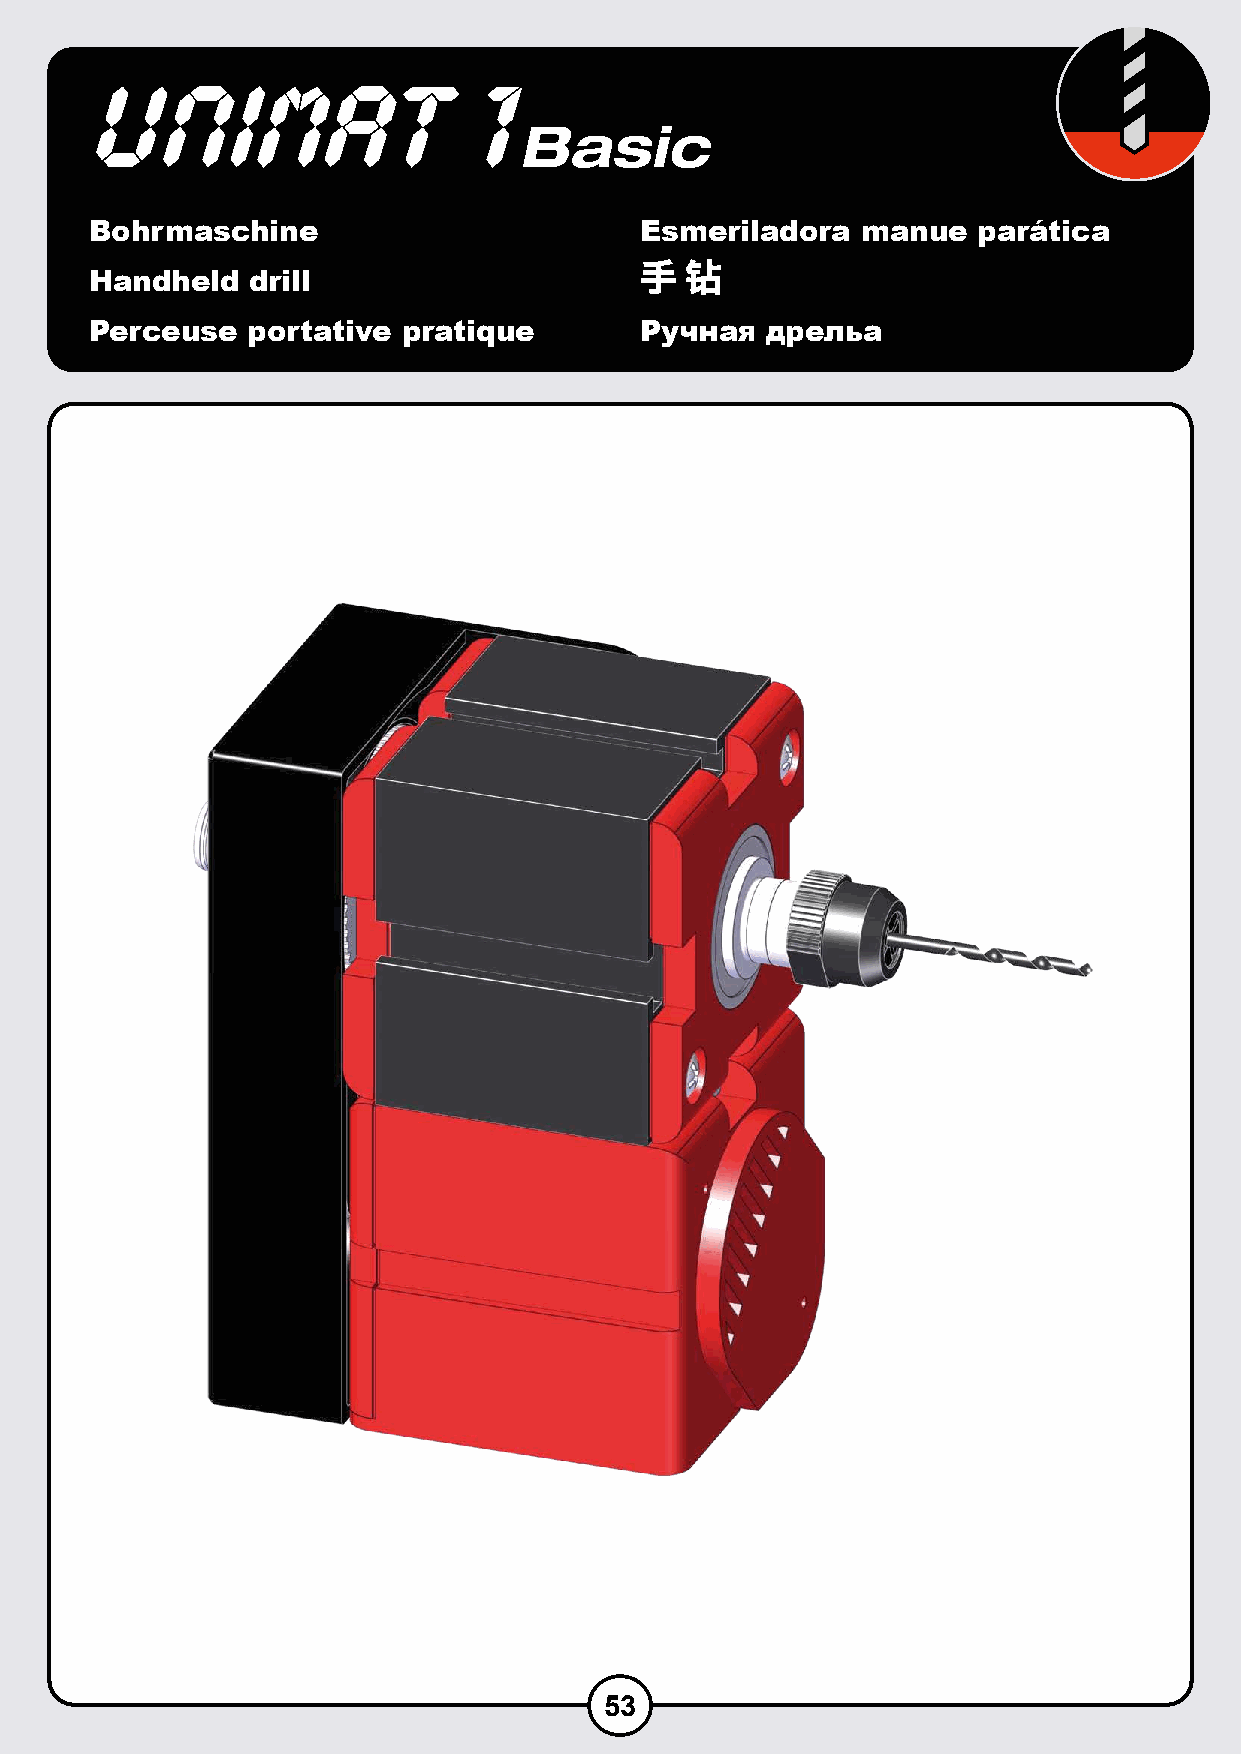
Bohrmaschine                        Esmeriladora   manue   parática
 手手 钻钻
 Handheld  drill
 Perceuse  portative  pratique       Ручная   дрельa
 53